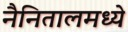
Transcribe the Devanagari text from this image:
नैनितालमध्ये